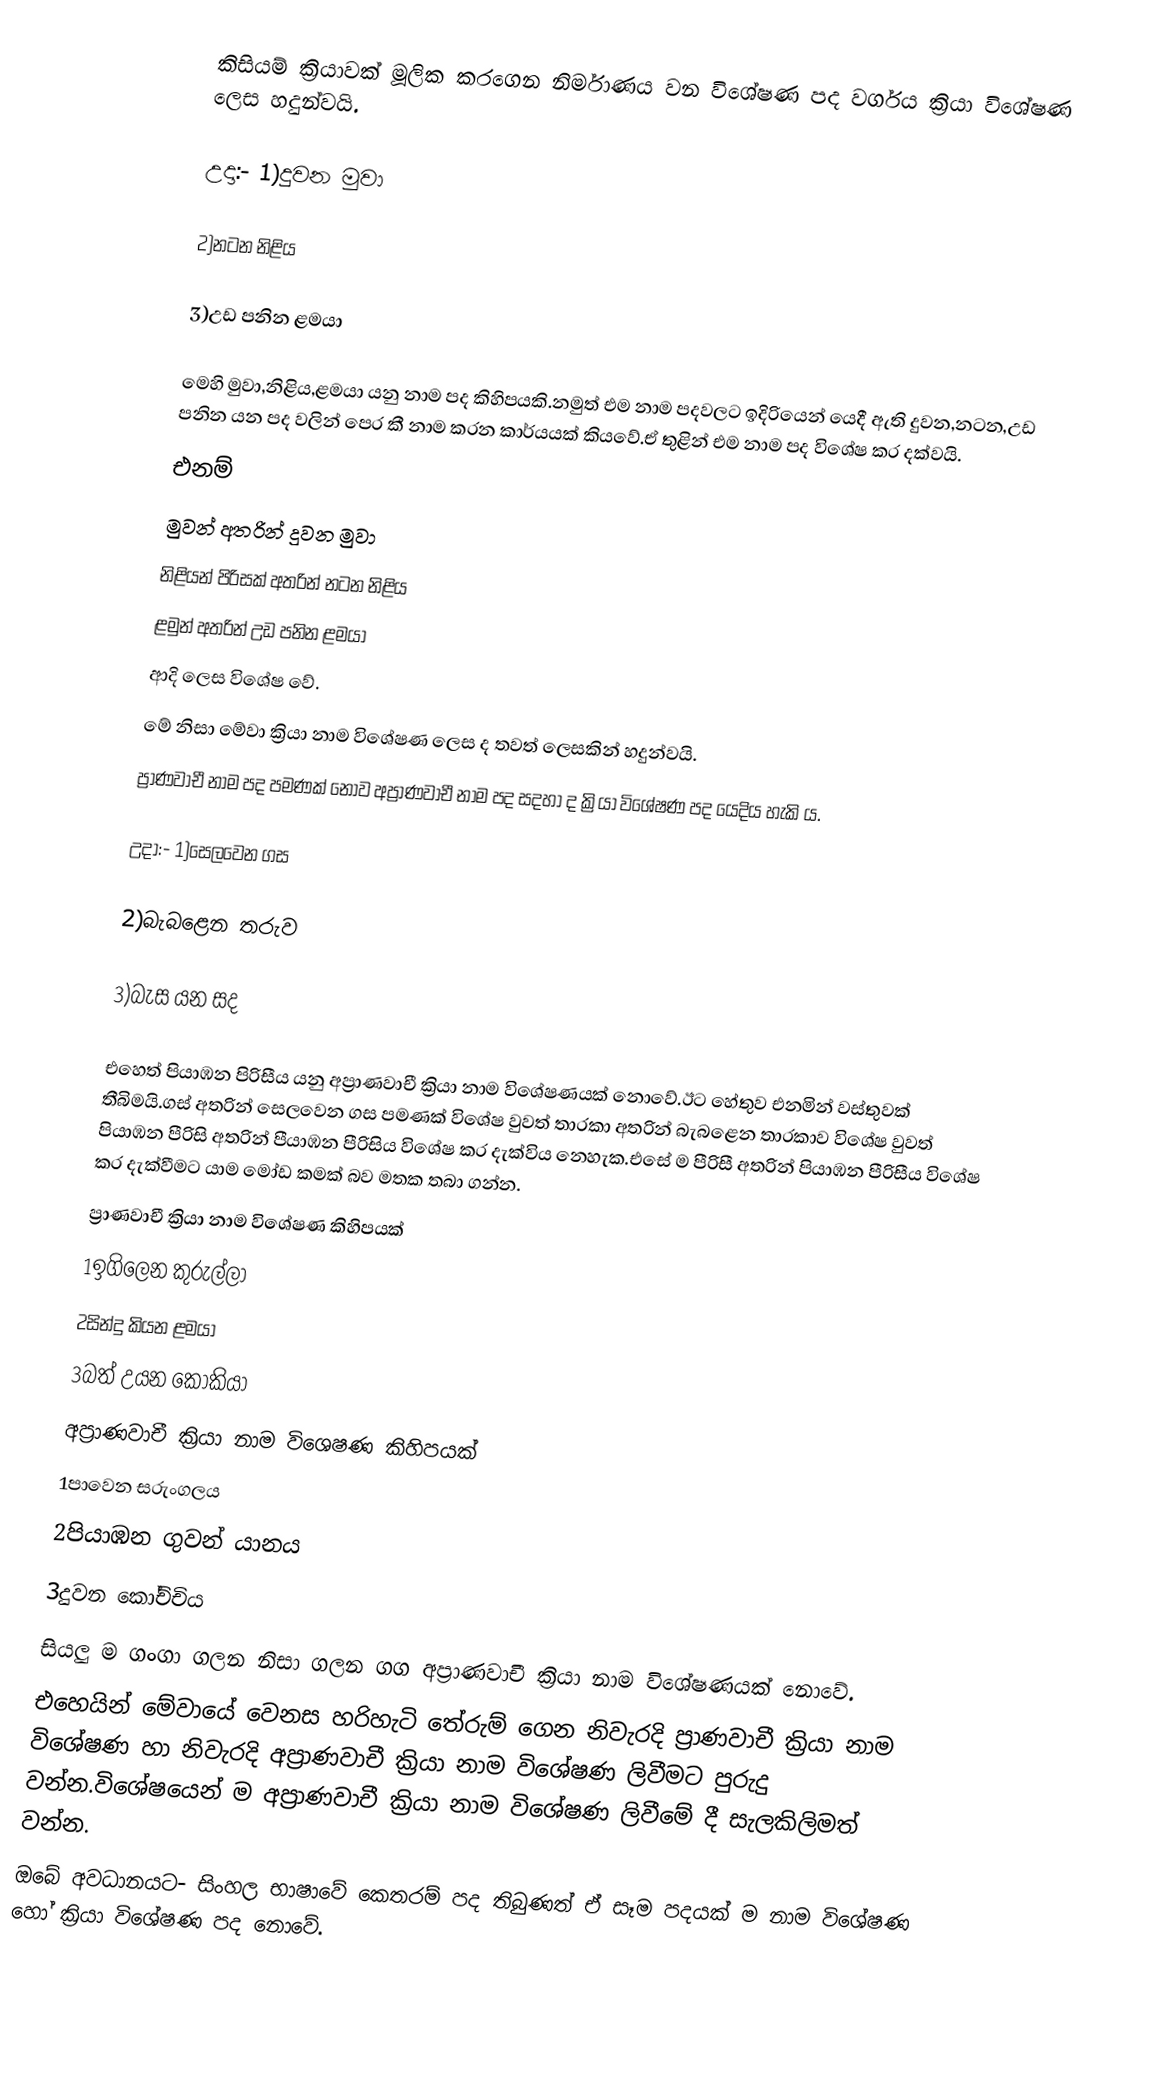
කිසියම් ක්‍රියාවක් මූලික කරගෙන නිර්මාණය වන විශේෂණ පද වර්ගය ක්‍රියා විශේෂණ ලෙස හදුන්වයි.

උදා:- 1)දුවන මුවා

2)නටන නිළිය

3)උඩ පනින ළමයා

මෙහි මුවා,නිළිය,ළමයා යනු නාම පද කිහිපයකි.නමුත් එම නාම පදවලට ඉදිරියෙන් යෙදී ඇති දුවන,නටන,උඩ පනින යන පද වලින් පෙර කී නාම කරන කාර්යයක් කියවේ.ඒ තුළින් එම නාම පද විශේෂ කර දක්වයි.
එනම්
මුවන් අතරින් දුවන මුවා
නිළියන් පිරිසක් අතරින් නටන නිළිය
ළමුන් අතරින් උඩ පනින ළමයා
ආදි ලෙස විශේෂ වේ.
මේ නිසා මේවා ක්‍රියා නාම විශේෂණ ලෙස ද තවත් ලෙසකින් හදුන්වයි.
ප්‍රාණවාචී නාම පද පමණක් නොව අප්‍රාණවාචී නාම පද සදහා ද ක්‍රියා විශේෂණ පද යෙදිය හැකි ය.

උදා:- 1)සෙලවෙන ගස

2)බැබළෙන තරුව

3)බැස යන සද

එහෙත් පියාඹන පිරිසීය යනු අප්‍රාණවාචී ක්‍රියා නාම විශේෂණයක් නොවේ.ඊට හේතුව එනමින් වස්තුවක් තීබිමයි.ගස් අතරින් සෙලවෙන ගස පමණක් විශේෂ වුවත් තාරකා අතරින් බැබළෙන තාරකාව විශේෂ වුවත් පියාඹන පීරිසි අතරින් පීයාඹන පීරිසිය විශේෂ කර දැක්විය නෙහැක.එසේ ම පීරිසී අතරින් පියාඹන පීරිසීය විශේෂ කර දැක්වීමට යාම මෝඩ කමක් බව මතක තබා ගන්න.
ප්‍රාණවාචී ක්‍රියා නාම විශේෂණ කිහිපයක්
1ඉගිලෙන කුරුල්ලා
2සින්දු කියන ළමයා
3බත් උයන කෝකියා
අප්‍රාණවාචී ක්‍රියා නාම විශෙෂණ කිහිපයක්
1පාවෙන සරුංගලය
2පියාඹන ගුවන් යානය
3දුවන කෝච්චිය
සියලු ම ගංගා ගලන නිසා ගලන ගග අප්‍රාණවාචී ක්‍රියා නාම විශේෂණයක් නොවේ.
එහෙයින් මේවායේ වෙනස හරිහැටි තේරුම් ගෙන නිවැරදි ප්‍රාණවාචී ක්‍රියා නාම විශේෂණ හා නිවැරදි අප්‍රාණවාචී ක්‍රියා නාම විශේෂණ ලිවීමට පුරුදු වන්න.විශේෂයෙන් ම අප්‍රාණවාචී ක්‍රියා නාම විශේෂණ ලිවීමේ දී සැලකිලිමත් වන්න.
ඔබේ අවධානයට- සිංහල භාෂාවේ කෙතරම් පද තිබුණත් ඒ සෑම පදයක් ම නාම විශේෂණ හෝ ක්‍රියා විශේෂණ පද නොවේ.